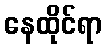
နေထိုင်ရာ